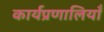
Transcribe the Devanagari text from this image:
कार्यप्रणालियाँ